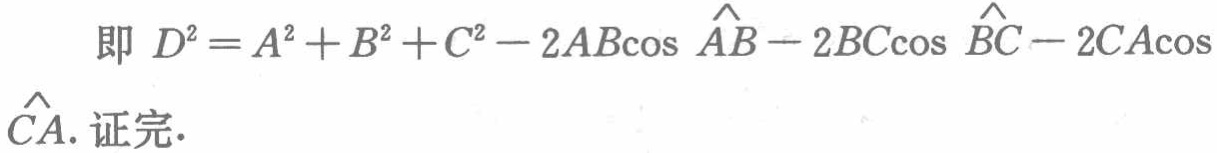
即 \(D^{2}=A^{2}+B^{2}+C^{2}-2AB\cos\widehat{AB}-2BC\cos\widehat{BC}-2CA\cos\widehat{CA}\). 证完.